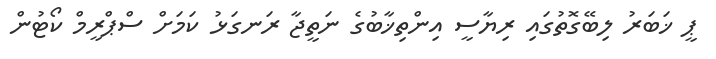
ޕީ ޚަބަރު ލިބޭގޮތުގައި ރިޔާސީ އިންތިޚާބުގެ ނަތީޖާ ރަނގަޅު ކަމަށް ސްޕްރީމް ކޯޓުން